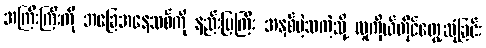
အကြီးကြီးကို အခြေအနေသစ်ကို နည်းပြကြီး အနှစ်မဲ့သကဲ့သို့ လူကိုယ်တိုင်တွေ့ဆုံခြင်း